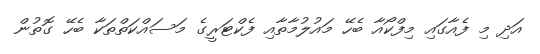
އަދި މި ފެއާގައި މިފްކޯއާ ބެހޭ މައުލުމާތާއި ފެކްޓަރީގެ މަސައްކަތްތަކާ ބެހޭ ގޮތުން